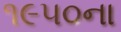
૧૯૫૦ના